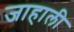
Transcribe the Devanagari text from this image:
जाहाली